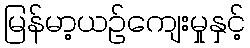
မြန်မာ့ယဉ်ကျေးမှုနှင့်